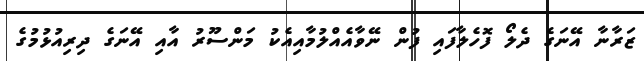
ޒަރާނާ އޭނަގެ ދެލޯ ފޮހެލާފައި ފުން ނޭވާއެއްލުމާއިއެކު މަންސޫރު އާއި އޭނަގެ ދިރިއުޅުމުގެ